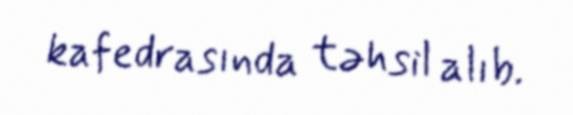
kafedrasında təhsil alıb.